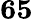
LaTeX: \mathbf{65}